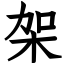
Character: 架